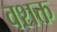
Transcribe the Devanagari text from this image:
वशक्त